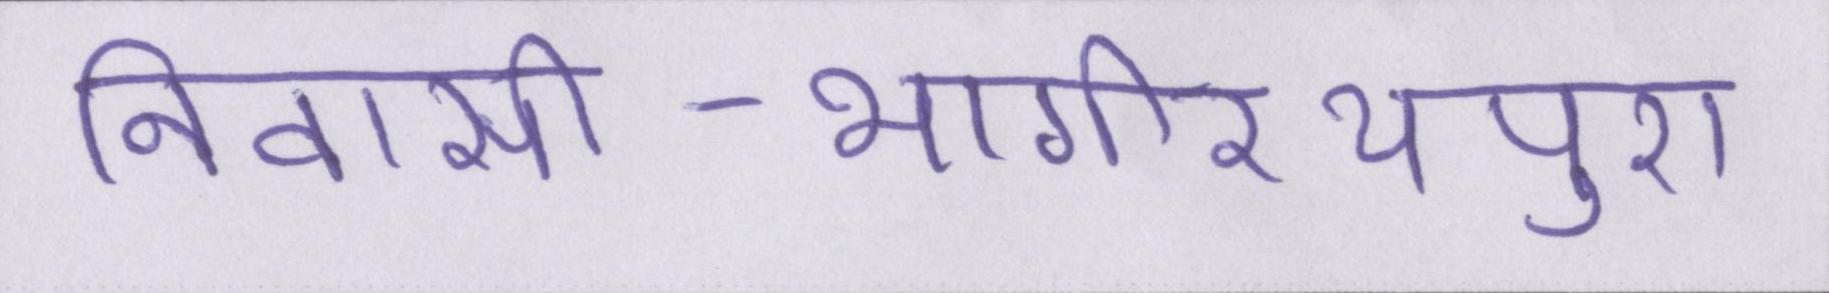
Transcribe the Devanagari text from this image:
निवासी-भागीरथपुरा